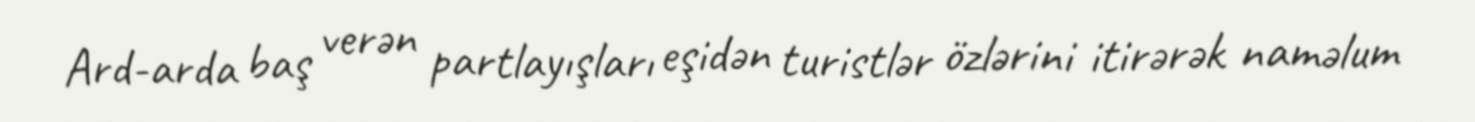
Ard-arda baş verən partlayışları eşidən turistlər özlərini itirərək naməlum